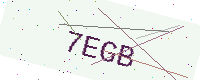
Text: 7EGB